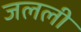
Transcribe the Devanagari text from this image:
जलली